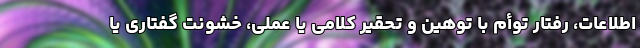
اطلاعات، رفتار توأم با توهین و تحقیر کلامی یا عملی، خشونت گفتاری یا